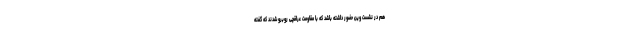
هم در نشست وین حضور داشته باشد که با مقاومت عراقچی روبرو شدند که گفته